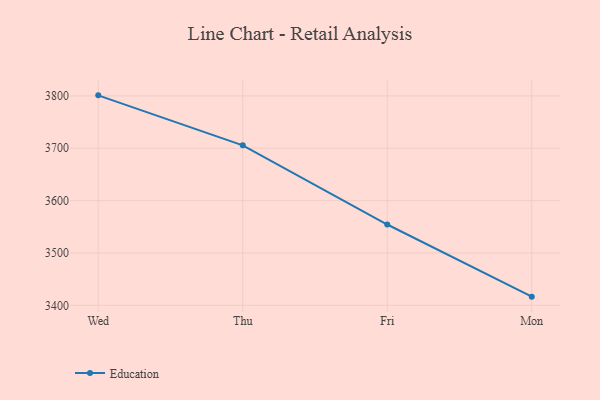
{"axis": {"x": "Day", "y": "Latency (ms)"}, "legend": ["Education"], "data": [{"x": "Wed", "y": 3801.1, "type": "Education"}, {"x": "Thu", "y": 3705.6, "type": "Education"}, {"x": "Fri", "y": 3554.4, "type": "Education"}, {"x": "Mon", "y": 3416.6, "type": "Education"}]}